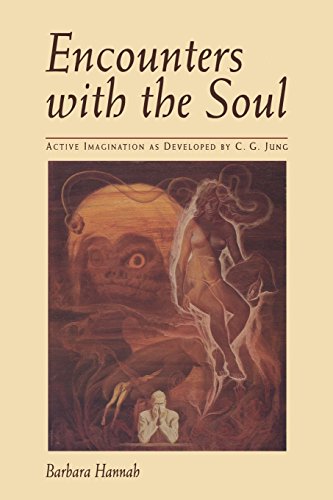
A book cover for Encounters with the Soul: Active Imagination as Developed by C.G. Jung [Paperback]; Barbara Hannah; Medical Books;